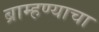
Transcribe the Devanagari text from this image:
ब्राम्हण्याचा